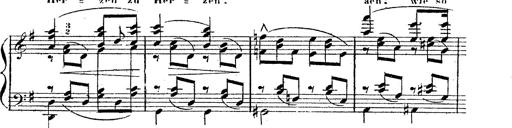
Title: 12 Lieder von Franz Schubert
Composer: Franz Liszt